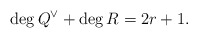
\begin{align*}\deg Q^{\vee} +\deg R =2r+1.\end{align*}